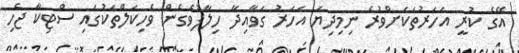
އޭގެ ކުރީ އަހަރުތަކަށްވުރެ ނިމިދިޔަ އަހަރު ގަވާއިދާ ހިލާފުވެގެން ވެހިކަލްތަކުގައި ސްޓިކާ ޖެހި